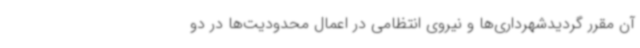
آن مقرر گردیدشهرداری‌ها و نیروی انتظامی در اعمال محدودیت‌ها در دو